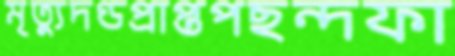
মৃত্যুদণ্ডপ্রাপ্তপছন্দফা